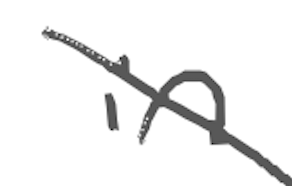
Text: in
Cross-out: diagonal
Writing tool: digital_gray